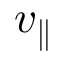
v _ { \parallel }